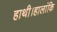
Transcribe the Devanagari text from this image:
हाथी।हालांकि